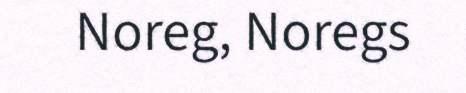
Noreg, Noregs